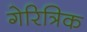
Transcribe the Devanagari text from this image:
गेरित्रिक